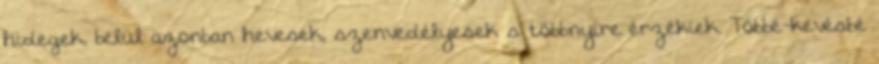
hidegek, belül azonban hevesek, szenvedélyesek s többnyire érzékiek. Többé-kevésbé